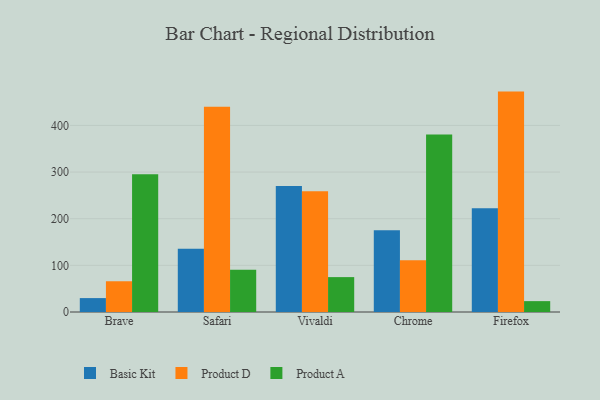
{"axis": {"x": "Browser", "y": "LTV (USD)"}, "legend": ["Basic Kit", "Product A", "Product D"], "data": [{"x": "Brave", "y": 29.8, "type": "Basic Kit"}, {"x": "Brave", "y": 65.9, "type": "Product D"}, {"x": "Brave", "y": 295.1, "type": "Product A"}, {"x": "Safari", "y": 135.7, "type": "Basic Kit"}, {"x": "Safari", "y": 440.0, "type": "Product D"}, {"x": "Safari", "y": 90.6, "type": "Product A"}, {"x": "Vivaldi", "y": 269.9, "type": "Basic Kit"}, {"x": "Vivaldi", "y": 258.8, "type": "Product D"}, {"x": "Vivaldi", "y": 74.8, "type": "Product A"}, {"x": "Chrome", "y": 175.2, "type": "Basic Kit"}, {"x": "Chrome", "y": 111.2, "type": "Product D"}, {"x": "Chrome", "y": 380.5, "type": "Product A"}, {"x": "Firefox", "y": 222.6, "type": "Basic Kit"}, {"x": "Firefox", "y": 472.5, "type": "Product D"}, {"x": "Firefox", "y": 23.3, "type": "Product A"}]}